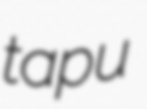
tapu